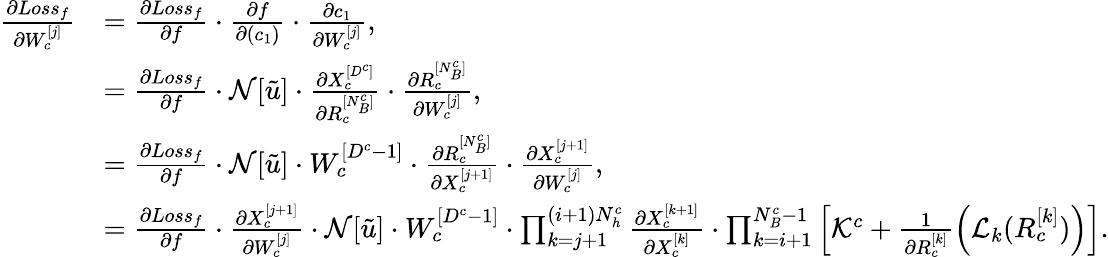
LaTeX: \begin{array}{rl}{\frac{\partial Loss_{f}}{\partial W_{c}^{[j]}}}&{=\frac{\partial Loss_{f}}{\partial f}\cdot\frac{\partial f}{\partial(c_{1})}\cdot\frac{\partial c_{1}}{\partial W_{c}^{[j]}},}\\ &{=\frac{\partial Loss_{f}}{\partial f}\cdot\mathcal{N}[\tilde{u}]\cdot\frac{\partial X_{c}^{[D^{c}]}}{\partial R_{c}^{[N_{B}^{c}]}}\cdot\frac{\partial R_{c}^{[N_{B}^{c}]}}{\partial W_{c}^{[j]}},}\\ &{=\frac{\partial Loss_{f}}{\partial f}\cdot\mathcal{N}[\tilde{u}]\cdot W_{c}^{[D^{c}-1]}\cdot\frac{\partial R_{c}^{[N_{B}^{c}]}}{\partial X_{c}^{[j+1]}}\cdot\frac{\partial X_{c}^{[j+1]}}{\partial W_{c}^{[j]}},}\\ &{=\frac{\partial Loss_{f}}{\partial f}\cdot\frac{\partial X_{c}^{[j+1]}}{\partial W_{c}^{[j]}}\cdot\mathcal{N}[\tilde{u}]\cdot W_{c}^{[D^{c}-1]}\cdot\prod_{k=j+1}^{(i+1)N_{h}^{c}}\frac{\partial X_{c}^{[k+1]}}{\partial X_{c}^{[k]}}\cdot\prod_{k=i+1}^{N_{B}^{c}-1}\left[\mathcal{K}^{c}+\frac{1}{\partial R_{c}^{[k]}}\left(\mathcal{L}_{k}(R_{c}^{[k]})\right)\right].}\end{array}